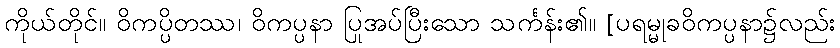
ကိုယ်တိုင်။ ဝိကပ္ပိတဿ၊ ဝိကပ္ပနာ ပြုအပ်ပြီးသော သင်္ကန်း၏။ [ပရမ္မုခဝိကပ္ပနာ၌လည်း